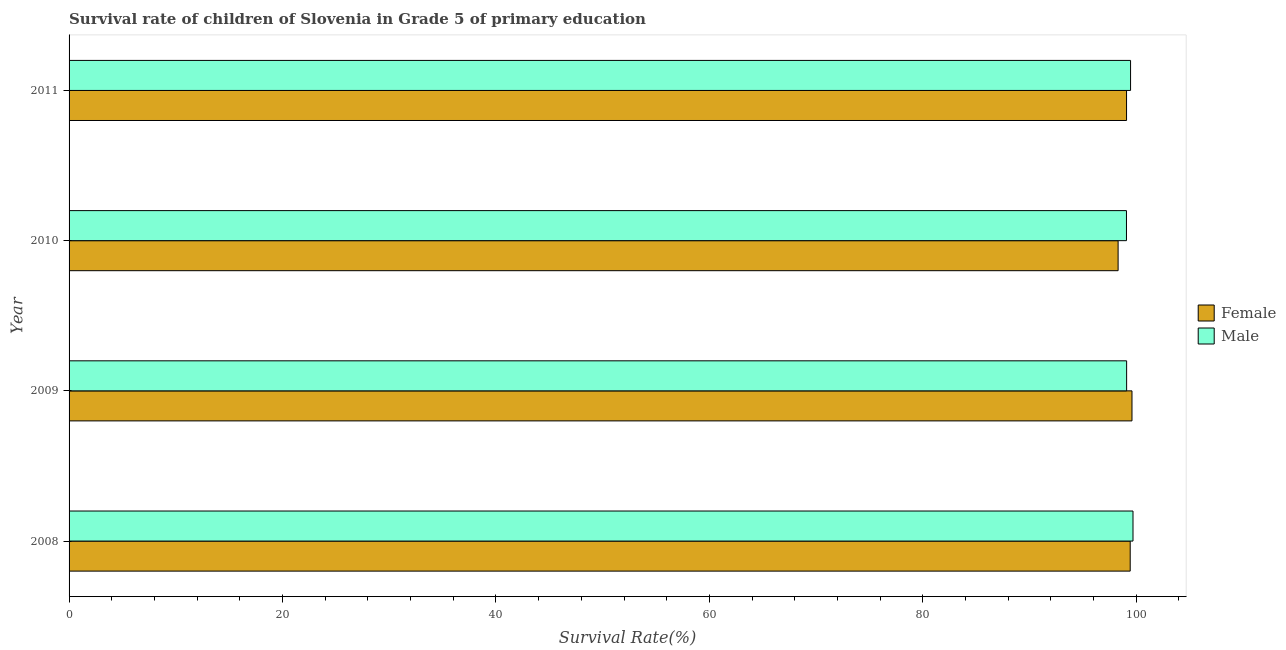
| Year | Female | Male |
 | --- | --- | --- |
 | 2008 | 99.4 | 99.7 |
 | 2009 | 99.6 | 99.1 |
 | 2010 | 98.3 | 99.1 |
 | 2011 | 99.1 | 99.5 |